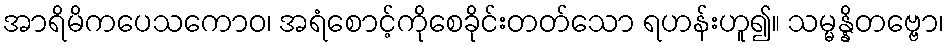
အာရိမိကပေသကောဝ၊ အရံစောင့်ကိုစေခိုင်းတတ်သော ရဟန်းဟူ၍။ သမ္မန္နိတဗ္ဗော၊